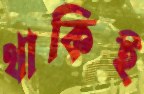
থাকিই